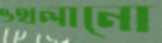
ওথলানো